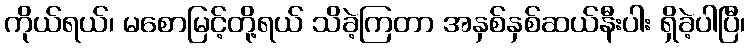
ကိုယ်ရယ်၊ မစောမြင့်တို့ရယ် သိခဲ့ကြတာ အနှစ်နှစ်ဆယ်နီးပါး ရှိခဲ့ပါပြီ၊